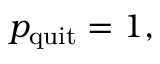
p _ { \mathrm { q u i t } } = 1 ,